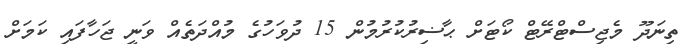
ތިނަދޫ މެޖިސްޓްރޭޓް ކޯޓަށް ޙާޟިރުކުރުމުން 15 ދުވަހުގެ މުއްދަތެއް ވަނީ ޖަހާފައި ކަމަށް